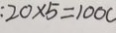
: 2 0 \times 5 = 1 0 0 c